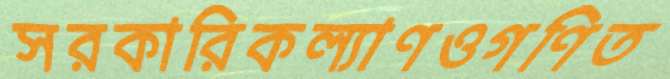
সরকারিকল্যাণওগণিত